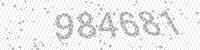
Solution: 984681